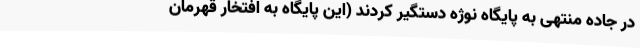
در جاده منتهی به پایگاه نوژه دستگیر کردند (این پایگاه به افتخار قهرمان